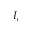
I _ { c }